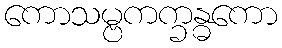
ကောသမ္ဗကက္ခန္ဓကော